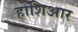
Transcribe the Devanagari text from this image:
होशिआर